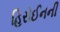
હિરોઈનની